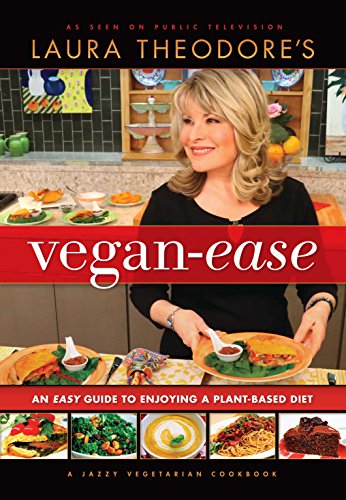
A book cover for Laura Theodore's Vegan-Ease: An Easy Guide to Enjoying a Plant-Based Diet; Laura Theodore; Cookbooks, Food & Wine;